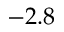
- 2 . 8